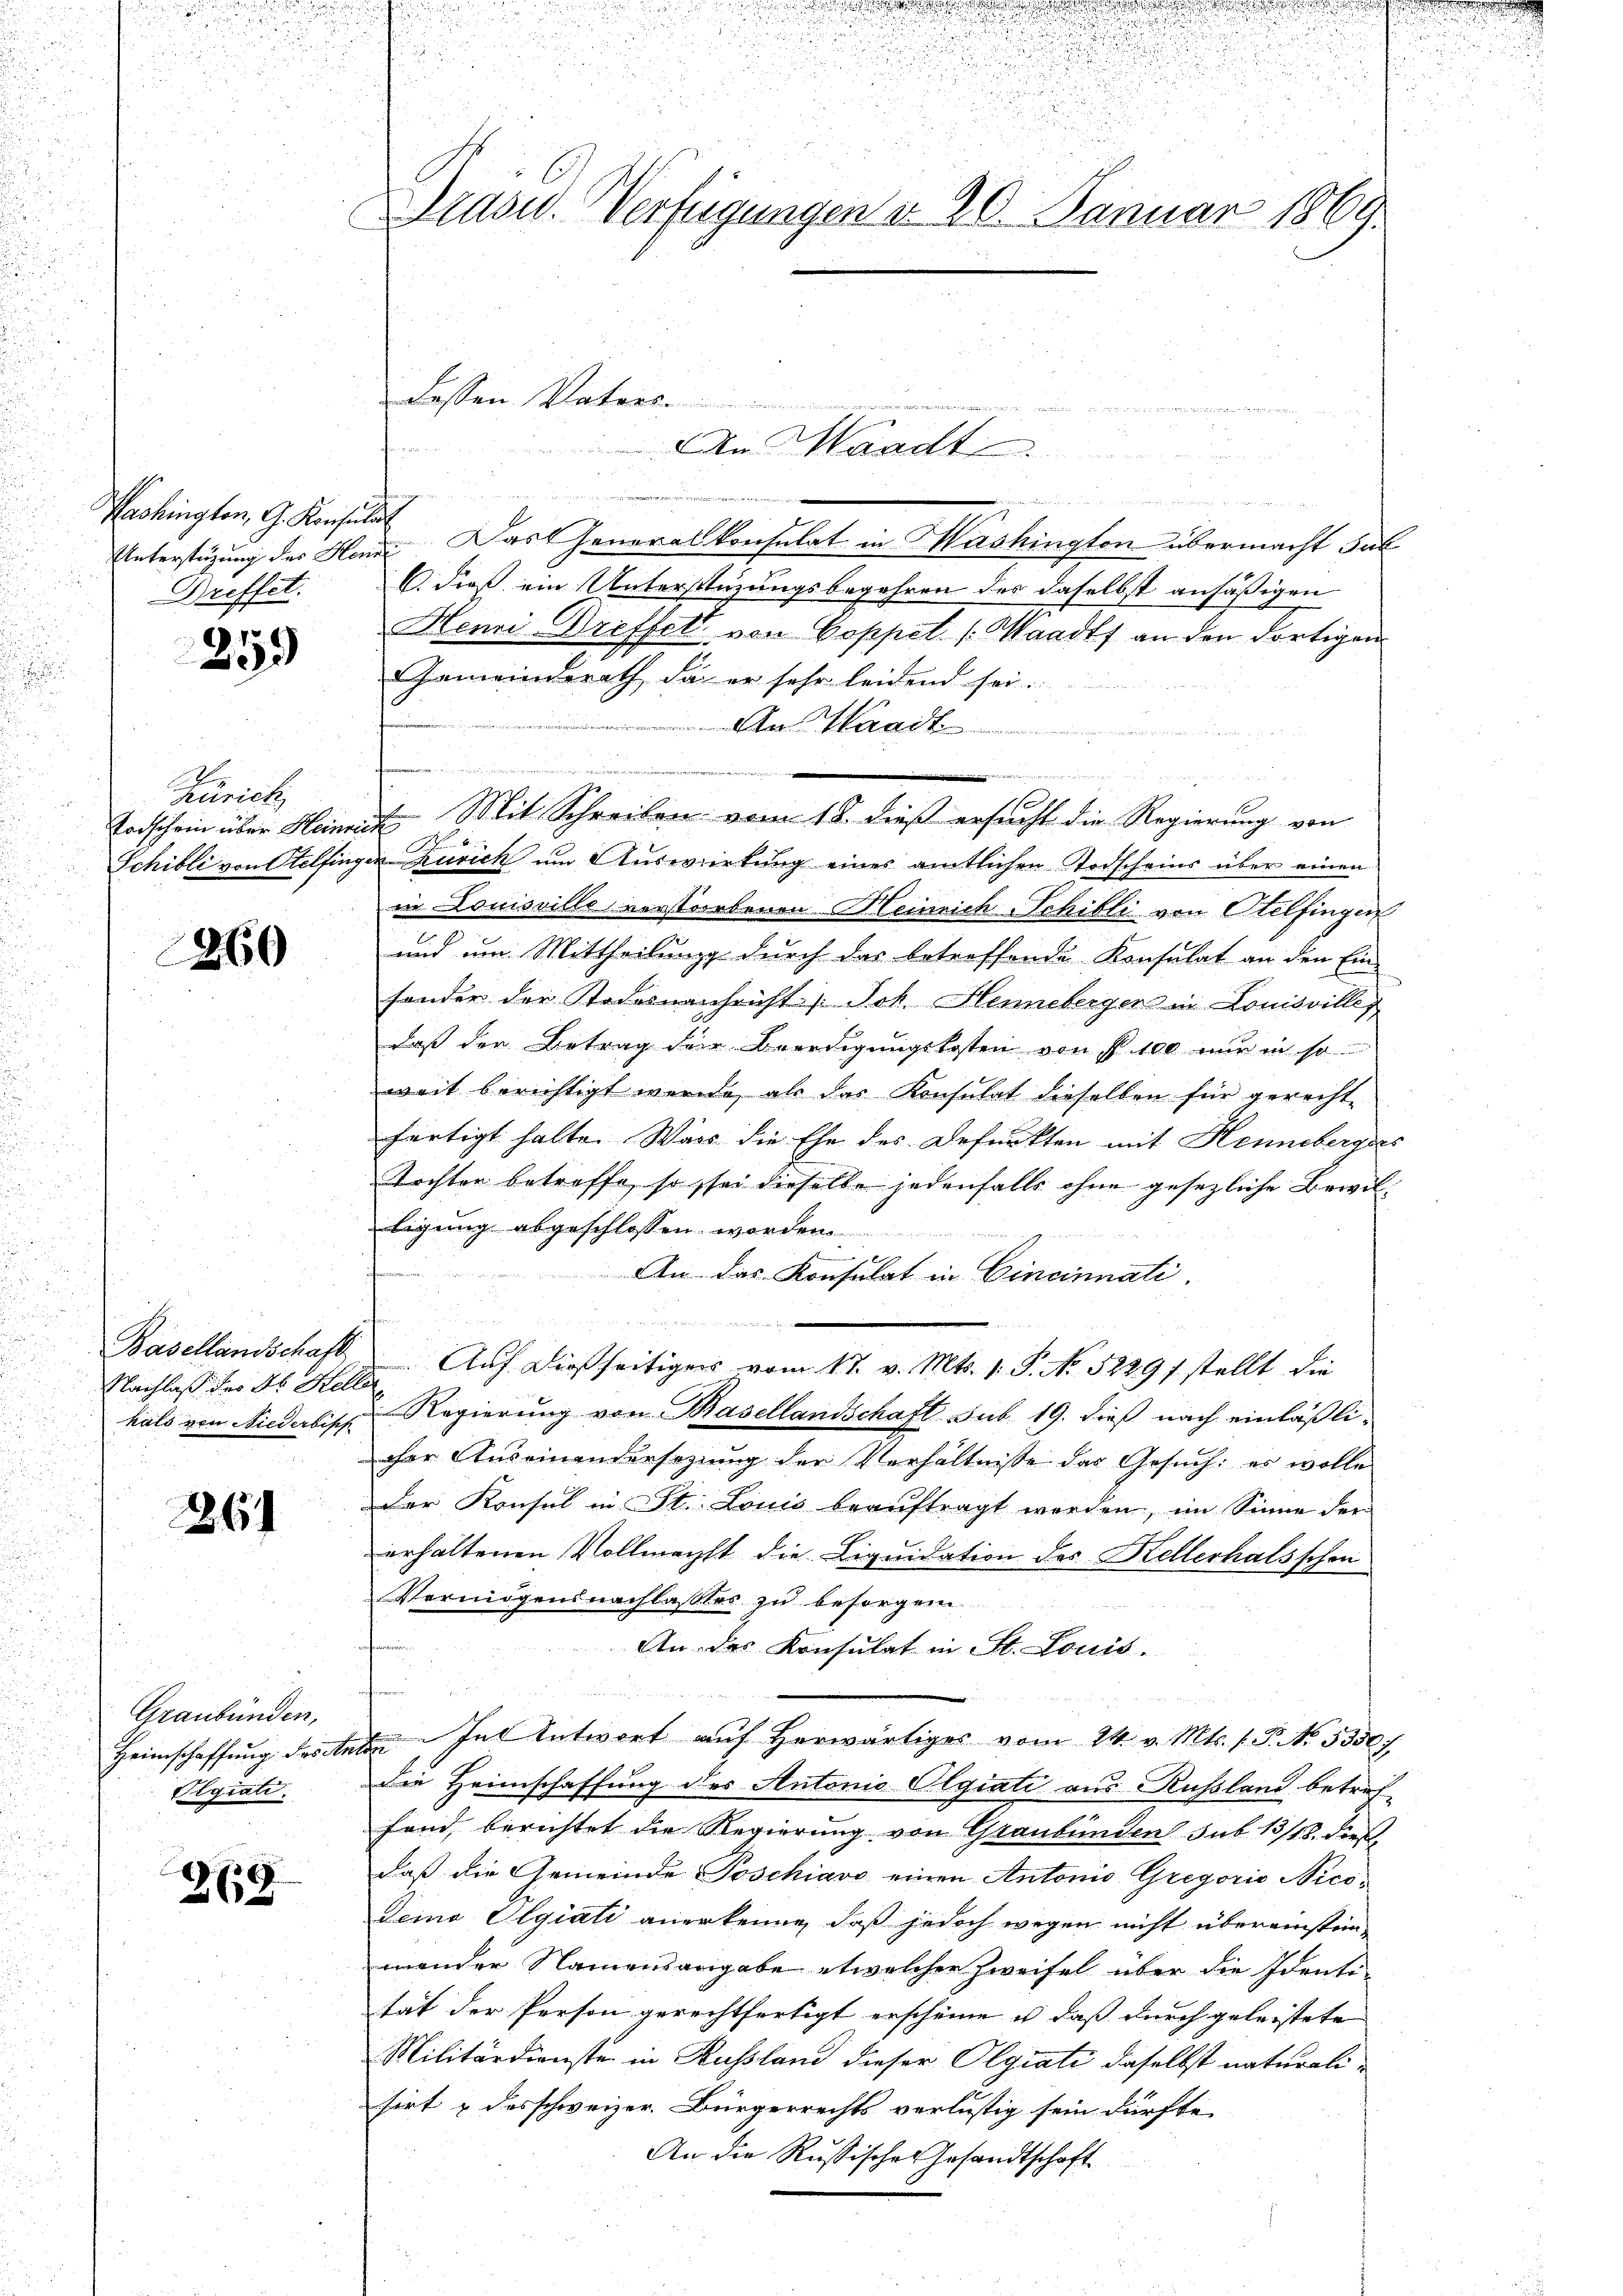
Washington, G. Konsulat
Breffet.

253

Zürich

260

Nachlaß der Dr. Keller

261

Graubünden,
Pegiati

2619

u
s

u

u
rasw. Verfügungen d. 20. Januar 1869.

ge
de, den in eine es an den in der den
Unterstüzung des Haus Das Generalkonsulat in Mashington übermacht Sub¬
C. dieß ein Unterstüzungsbegehren des daselbst ansässigen
Henri-Dreffel von Coppel. (Waadt an den dortigen
Gemeinderath, da er sehr leidend sei.
 Waadt

i
Todschein über Heinrich Mit Schreiben vom 18. dieß ersucht die Regierung von
Fo
Schilli von Otelfingen Zürich um Auswirkung eines amtlichen Todscheins über einen
in Louisvillo verstorbenen Heinrich Schilli von Otelfingen
und um Mittheilung durch das betreffende Konsulat an den Ein-
sonder der Todesnachricht / Joh. Henneberger in Louisville
daß der Betrag der Beerdigungskosten von P. 100 nur in so
weit berichtigt werde, als das Konsulat dieselben für gerecht-
fertigt halte. Wars die Ehe des Befunkten mit Henneberger
Tochter betreffe, so sei dieselbe jedenfalls ohne gesezliche Bewilligung abgeschlossen worden
he
An das Konsulat in Cincinnati.

Basellandschaft Auf dießseitigers vom 17. v. Mts. 1. P. No 52291 stellt die
hals von Niederbis Regierung von Basellandschaft sub. 19. dieß nach einläßlicher Auseinandersezung der Verhältnisse das Gesuch: es wolle
der Konsul in St. Louis beauftragt worden, im Sinne der
erhaltenen Vollmacht die Liquidation des Kellerhals schon
Vermögensnachlasses zu besorgen
An das Konsulat in St. Louis.
Heimschaffung destelle. In Antwort auf Herwärtiges vom 24. v. Mts. f. P. No. 5350f
Die Heimschaffung des Antonio Olgiati aus Russland betreffand, berichtet die Regierung von Graubünden sub 13/18. dies
daß die Gemeinde Poschiavo einen Antonio Gregorie Nicodemo Olgiali anerkenne, daß jedoch wegen nicht übereinstei-
mander Namensangabe etwelcher Zweifel über die Identi-
tat der Person gerechtfertigt erscheine u. daß durch geleistete
Militärdienste in Russland dieser Olgiati daselbst naturalisirt & desschweizer. Bürgerrechts verlustig sein dürfte.
An die Russisches Gesandtschaft

Lassen. Vaters
An Waadt

n